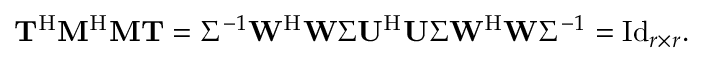
\begin{array} { r } { \mathbf { T } ^ { \mathrm { H } } \mathbf { M } ^ { \mathrm { H } } \mathbf { M } \mathbf { T } = \Sigma ^ { - 1 } \mathbf { W } ^ { \mathrm { H } } \mathbf { W } \Sigma \mathbf { U } ^ { \mathrm { H } } \mathbf { U } \Sigma \mathbf { W } ^ { \mathrm { H } } \mathbf { W } \Sigma ^ { - 1 } = \mathrm { I d } _ { r \times r } . } \end{array}